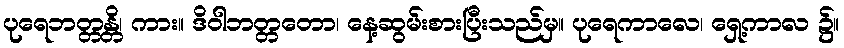
ပုရေဘတ္တန္တိ၊ ကား။ ဒိဝါဘတ္တတော၊ နေ့ဆွမ်းစားပြီးသည်မှ။ ပုရေကာလေ၊ ရှေ့ကာလ ၌။